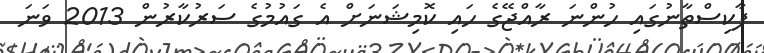
ޕާކިސްތާނުގައި ހުންނަ ރާއްޖޭގެ ހައި ކޮމިޝަނަށް އެ ގައުމުގެ ސަރުކާރުން 2013 ވަނަ